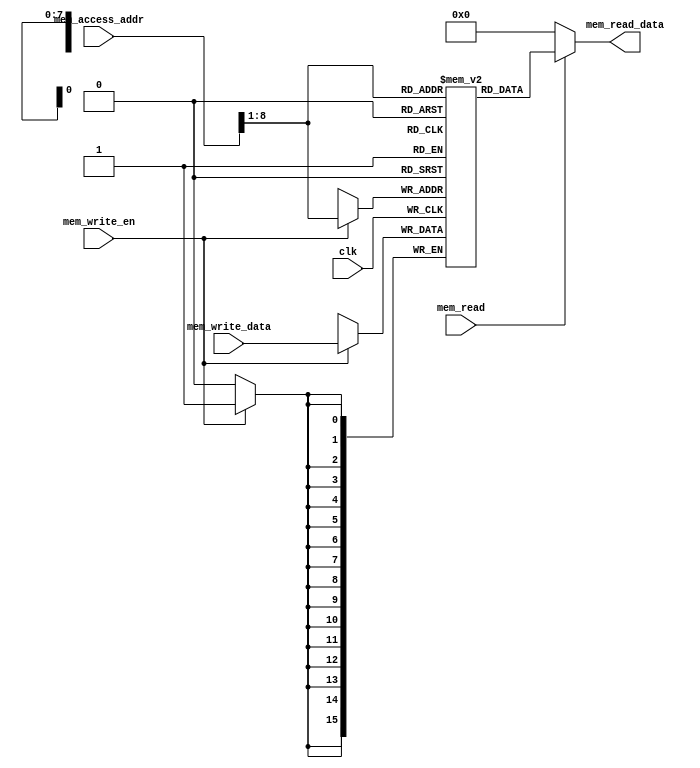
`timescale 1ns / 1ps
//////////////////////////////////////////////////////////////////////////////////
// Company: 
// Engineer: 
// 
// Design Name: 
// Module Name:    data_memory 
// Project Name: 
// Target Devices: 
// Tool versions: 
// Description: 
//
// Dependencies: 
//
// Revision: 
// Revision 0.01 - File Created
// Additional Comments: 
//
//////////////////////////////////////////////////////////////////////////////////
module data_memory( input clk,
                    input [15:0] mem_access_addr, 
						  input [15:0] mem_write_data, 
						  input mem_write_en, 
						  input mem_read, 
						  output [15:0] mem_read_data  
    );
	  integer i;  
      reg [15:0] ram [255:0];  
      wire [7 : 0] ram_addr = mem_access_addr[8 : 1];  
      initial begin  
           for(i=0;i<256;i=i+1)  
                ram[i] <= 16'd0;  
      end  
      always @(posedge clk) begin  
           if (mem_write_en)  
                ram[ram_addr] <= mem_write_data;  
      end  
      assign mem_read_data = (mem_read==1'b1) ? ram[ram_addr]: 16'd0;
endmodule